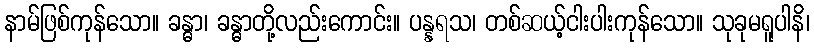
နာမ်ဖြစ်ကုန်သော။ ခန္ဓာ၊ ခန္ဓာတို့လည်းကောင်း။ ပန္နရသ၊ တစ်ဆယ့်ငါးပါးကုန်သော။ သုခုမရူပါနိ၊